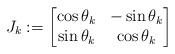
LaTeX: \begin{align*} J_k := \begin{bmatrix} \cos \theta_k & - \sin \theta_k \\ \sin \theta_k & \cos \theta_k \end{bmatrix}\end{align*}